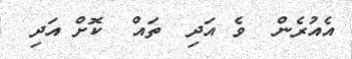
އެއުރެން  ވެ އަދި  ތައް  ކޮށް އަދި